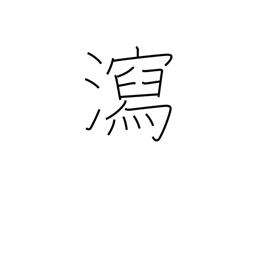
Meaning: evacuation